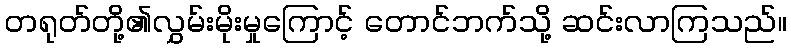
တရုတ်တို့၏လွှမ်းမိုးမှုကြောင့် တောင်ဘက်သို့ ဆင်းလာကြသည်။